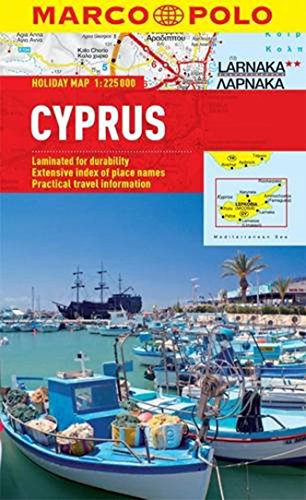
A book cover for Cyprus Marco Polo Holiday Map (Marco Polo Maps); Marco Polo Travel; Travel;